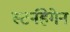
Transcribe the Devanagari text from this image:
स्टर्नहेगेन